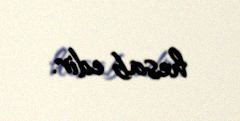
hesab edir.